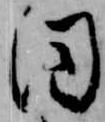
同